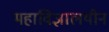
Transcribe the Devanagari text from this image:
महाविज्ञालयीन